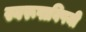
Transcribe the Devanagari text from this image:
स्वरूपाविषयी